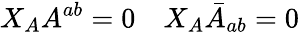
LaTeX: X_{A}A^{ab}=0\quad X_{A}\bar{A}_{ab}=0